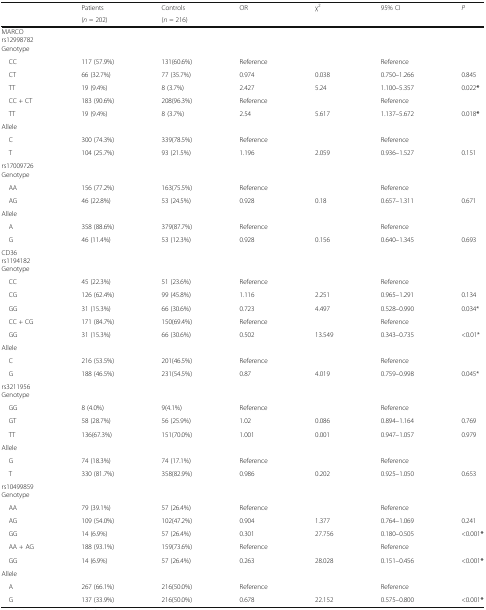
<table><thead><tr><td rowspan="2"></td><td><b>Patients</b></td><td><b>Controls</b></td><td rowspan="2"><b>OR</b></td><td rowspan="2"><b>χ<sup>2</sup></b></td><td rowspan="2"><b>95% CI</b></td><td rowspan="2"><b><i>P</i></b></td></tr><tr><td><b>(<i>n</i> = 202)</b></td><td><b>(<i>n</i> = 216)</b></td></tr></thead><tbody><tr><td colspan="7">MARCOrs12998782Genotype</td></tr><tr><td> CC</td><td>117 (57.9%)</td><td>131(60.6%)</td><td>Reference</td><td></td><td>Reference</td><td></td></tr><tr><td> CT</td><td>66 (32.7%)</td><td>77 (35.7%)</td><td>0.974</td><td>0.038</td><td>0.750–1.266</td><td>0.845</td></tr><tr><td> TT</td><td>19 (9.4%)</td><td>8 (3.7%)</td><td>2.427</td><td>5.24</td><td>1.100–5.357</td><td>0.022<b>*</b></td></tr><tr><td> CC + CT</td><td>183 (90.6%)</td><td>208(96.3%)</td><td>Reference</td><td></td><td>Reference</td><td></td></tr><tr><td> TT</td><td>19 (9.4%)</td><td>8 (3.7%)</td><td>2.54</td><td>5.617</td><td>1.137–5.672</td><td>0.018<b>*</b></td></tr><tr><td colspan="7">Allele</td></tr><tr><td> C</td><td>300 (74.3%)</td><td>339(78.5%)</td><td>Reference</td><td></td><td>Reference</td><td></td></tr><tr><td> T</td><td>104 (25.7%)</td><td>93 (21.5%)</td><td>1.196</td><td>2.059</td><td>0.936–1.527</td><td>0.151</td></tr><tr><td colspan="7">rs17009726Genotype</td></tr><tr><td> AA</td><td>156 (77.2%)</td><td>163(75.5%)</td><td>Reference</td><td></td><td>Reference</td><td></td></tr><tr><td> AG</td><td>46 (22.8%)</td><td>53 (24.5%)</td><td>0.928</td><td>0.18</td><td>0.657–1.311</td><td>0.671</td></tr><tr><td colspan="7">Allele</td></tr><tr><td> A</td><td>358 (88.6%)</td><td>379(87.7%)</td><td>Reference</td><td></td><td>Reference</td><td></td></tr><tr><td> G</td><td>46 (11.4%)</td><td>53 (12.3%)</td><td>0.928</td><td>0.156</td><td>0.640–1.345</td><td>0.693</td></tr><tr><td colspan="7">CD36rs1194182Genotype</td></tr><tr><td> CC</td><td>45 (22.3%)</td><td>51 (23.6%)</td><td>Reference</td><td></td><td>Reference</td><td></td></tr><tr><td> CG</td><td>126 (62.4%)</td><td>99 (45.8%)</td><td>1.116</td><td>2.251</td><td>0.965–1.291</td><td>0.134</td></tr><tr><td> GG</td><td>31 (15.3%)</td><td>66 (30.6%)</td><td>0.723</td><td>4.497</td><td>0.528–0.990</td><td>0.034*</td></tr><tr><td> CC + CG</td><td>171 (84.7%)</td><td>150(69.4%)</td><td>Reference</td><td></td><td>Reference</td><td></td></tr><tr><td> GG</td><td>31 (15.3%)</td><td>66 (30.6%)</td><td>0.502</td><td>13.549</td><td>0.343–0.735</td><td>&lt;0.01*</td></tr><tr><td colspan="7">Allele</td></tr><tr><td> C</td><td>216 (53.5%)</td><td>201(46.5%)</td><td>Reference</td><td></td><td>Reference</td><td></td></tr><tr><td> G</td><td>188 (46.5%)</td><td>231(54.5%)</td><td>0.87</td><td>4.019</td><td>0.759–0.998</td><td>0.045*</td></tr><tr><td colspan="7">rs3211956Genotype</td></tr><tr><td> GG</td><td>8 (4.0%)</td><td>9(4.1%)</td><td>Reference</td><td></td><td>Reference</td><td></td></tr><tr><td> GT</td><td>58 (28.7%)</td><td>56 (25.9%)</td><td>1.02</td><td>0.086</td><td>0.894–1.164</td><td>0.769</td></tr><tr><td> TT</td><td>136(67.3%)</td><td>151(70.0%)</td><td>1.001</td><td>0.001</td><td>0.947–1.057</td><td>0.979</td></tr><tr><td colspan="7">Allele</td></tr><tr><td> G</td><td>74 (18.3%)</td><td>74 (17.1%)</td><td>Reference</td><td></td><td>Reference</td><td></td></tr><tr><td> T</td><td>330 (81.7%)</td><td>358(82.9%)</td><td>0.986</td><td>0.202</td><td>0.925–1.050</td><td>0.653</td></tr><tr><td colspan="7">rs10499859Genotype</td></tr><tr><td> AA</td><td>79 (39.1%)</td><td>57 (26.4%)</td><td>Reference</td><td></td><td>Reference</td><td></td></tr><tr><td> AG</td><td>109 (54.0%)</td><td>102(47.2%)</td><td>0.904</td><td>1.377</td><td>0.764–1.069</td><td>0.241</td></tr><tr><td> GG</td><td>14 (6.9%)</td><td>57 (26.4%)</td><td>0.301</td><td>27.756</td><td>0.180–0.505</td><td>&lt;0.001<b>*</b></td></tr><tr><td> AA + AG</td><td>188 (93.1%)</td><td>159(73.6%)</td><td>Reference</td><td></td><td>Reference</td><td></td></tr><tr><td> GG</td><td>14 (6.9%)</td><td>57 (26.4%)</td><td>0.263</td><td>28.028</td><td>0.151–0.456</td><td>&lt;0.001<b>*</b></td></tr><tr><td colspan="7">Allele</td></tr><tr><td> A</td><td>267 (66.1%)</td><td>216(50.0%)</td><td>Reference</td><td></td><td>Reference</td><td></td></tr><tr><td> G</td><td>137 (33.9%)</td><td>216(50.0%)</td><td>0.678</td><td>22.152</td><td>0.575–0.800</td><td>&lt;0.001<b>*</b></td></tr></tbody></table>